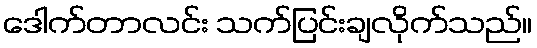
ဒေါက်တာလင်း သက်ပြင်းချလိုက်သည်။